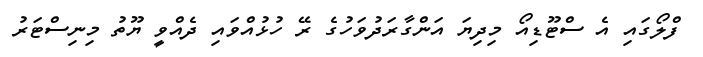
ފްލޯގައި އެ ސްޓޫޑިއޯ މިިދިޔަ އަންގާރަދުވަހުގެ ރޭ ހުޅުއްވައި ދެއްވީ ޔޫތު މިނިސްޓަރު